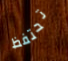
تحتفظ